Indian journal of veterinary science and animal husbandry - Volume 10,
Year: 1940
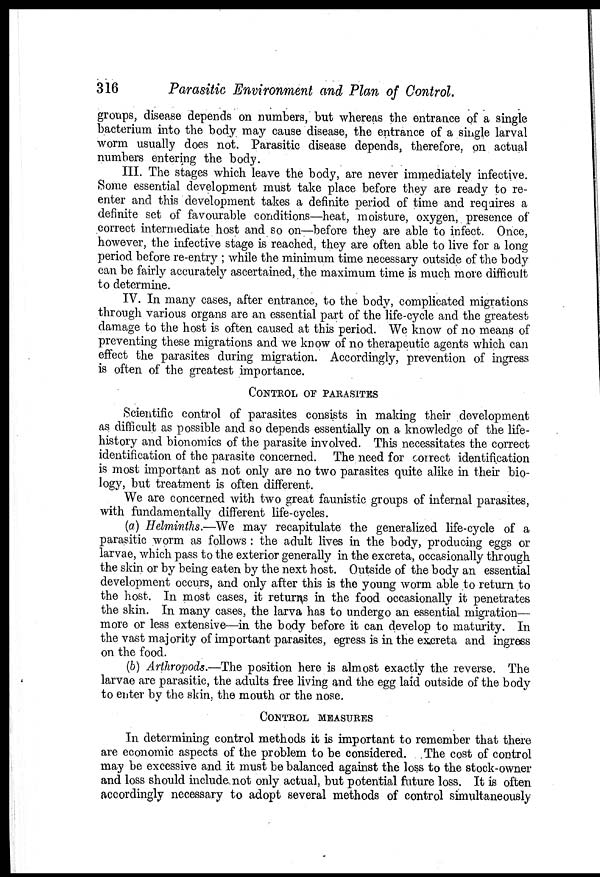
316
Parasitic Environment and Plan of Control.
groups, disease depends on numbers, but whereas the entrance of a single
bacterium into the body may cause disease, the entrance of a single larval
worm usually does not. Parasitic disease depends, therefore, on actual
numbers entering the body.
III. The stages which leave the body, are never immediately infective.
Some essential development must take place before they are ready to re-
enter and this development takes a definite period of time and requires a
definite set of favourable conditions—heat, moisture, oxygen, presence of
correct intermediate host and so on—before they are able to infect. Once,
however, the infective stage is reached, they are often able to live for a long
period before re-entry ; while the minimum time necessary outside of the body
can be fairly accurately ascertained, the maximum time is much more difficult
to determine.
IV. In many cases, after entrance, to the body, complicated migrations
through various organs are an essential part of the life-cycle and the greatest
damage to the host is often caused at this period. We know of no means of
preventing these migrations and we know of no therapeutic agents which can
effect the parasites during migration. Accordingly, prevention of ingress
is often of the greatest importance.
CONTROL OF PARASITES
Scientific control of parasites consists in making their development
as difficult as possible and so depends essentially on a knowledge of the life-
history and bionomics of the parasite involved. This necessitates the correct
identification of the parasite concerned. The need for correct identification
is most important as not only are no two parasites quite alike in their bio-
logy, but treatment is often different.
We are concerned with two great faunistic groups of internal parasites,
with fundamentally different life-cycles.
(a) Helminths.—We may recapitulate the generalized life-cycle of a
parasitic worm as follows : the adult lives in the body, producing eggs or
larvae, which pass to the exterior generally in the excreta, occasionally through
the skin or by being eaten by the next host. Outside of the body an essential
development occurs, and only after this is the young worm able to return to
the host. In most cases, it returns in the food occasionally it penetrates
the skin. In many cases, the larva has to undergo an essential migration—
more or less extensive—in the body before it can develop to maturity. In
the vast majority of important parasites, egress is in the excreta and ingress
on the food.
(b) Arthropods.—The position here is almost exactly the reverse. The
larvae are parasitic, the adults free living and the egg laid outside of the body
to enter by the skin, the mouth or the nose.
CONTROL MEASURES
In determining control methods it is important to remember that there
are economic aspects of the problem to be considered. The cost of control
may be excessive and it must be balanced against the loss to the stock-owner
and loss should include not only actual, but potential future loss. It is often
accordingly necessary to adopt several methods of control simultaneously